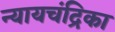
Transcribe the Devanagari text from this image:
न्यायचंद्रिका